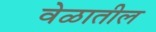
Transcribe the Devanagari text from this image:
वेळातील